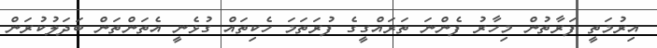
އިރުމަތީ ފަރާތުން މިހާރު ފެންނަ ތަރައްގީގެ ފުރަތަމަ ހެކިތައް ގުޅެނީ އެތަންތަން ބަދަލުކުރަން